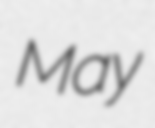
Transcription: May